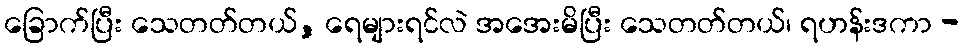
ခြောက်ပြီး သေတတ်တယ်, ရေများရင်လဲ အအေးမိပြီး သေတတ်တယ်၊ ရဟန်းဒကာ -